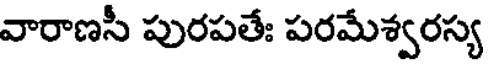
వారాణసీ పురపతేః పరమేశ్వరస్య